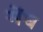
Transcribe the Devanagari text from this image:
मेंघ